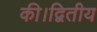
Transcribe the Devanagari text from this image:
की।द्वितीय